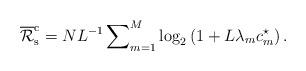
LaTeX: \begin{align*}{\overline{\mathcal R}}_{\rm{s}}^{\rm{c}}={N}{L^{-1}}\sum\nolimits_{m=1}^{M}\log_2\left(1+L\lambda_mc_m^{\star}\right).\end{align*}